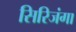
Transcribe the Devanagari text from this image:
सिरिजंगा